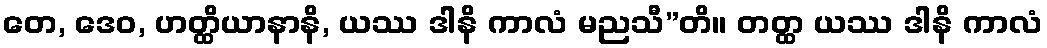
တေ, ဒေဝ, ဟတ္ထိယာနာနိ, ယဿ ဒါနိ ကာလံ မညသီ”တိ။ တတ္ထ ယဿ ဒါနိ ကာလံ